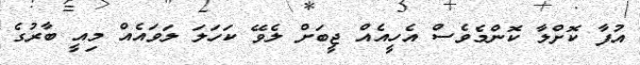
އުފާ ކޮށްލާ ކޮންމެވެސް އެހީއެއް ޖީބަށް ލެވޭ ކަހަލަ ލަވައެއް މިއީ ބާރުގެ